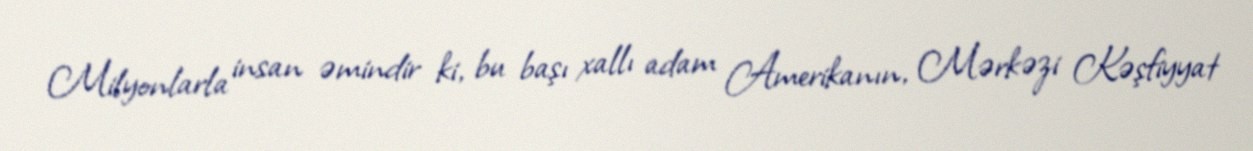
Milyonlarla insan əmindir ki, bu başı xallı adam Amerikanın, Mərkəzi Kəşfiyyat